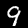
Digit: 9